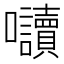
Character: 𭍏